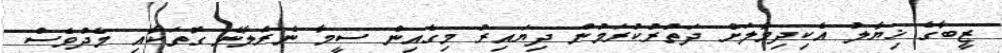
ޒީބާގެ ޚިޔާލު އެކިދިމާލަށް ދަތުރުކުރަމުން ދިޔައިރު މިގެއިން ސީމާ ނެރެލާނެ ގޮތަކާއި މެދުވެސް